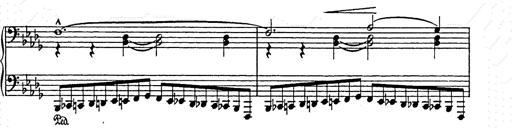
Title: Ballade No.2
Composer: Jan Skrzydlewski
Key: B minor